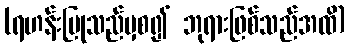
(ရဟန်းပြုသည်မှစ၍ ဘုရားဖြစ်သည်အထိ)